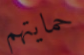
حمايتهم